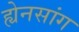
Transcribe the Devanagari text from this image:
ह्येनसांग